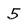
Character: 5